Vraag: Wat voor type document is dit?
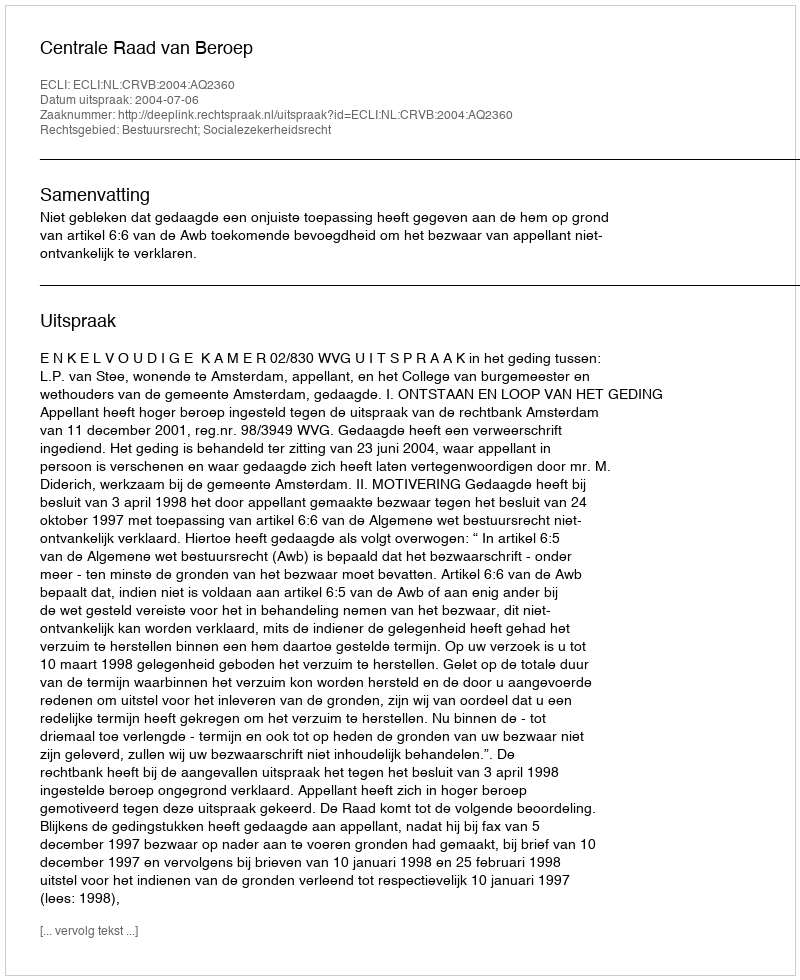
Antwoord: Uitspraak